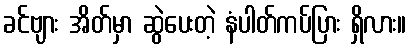
ခင်ဗျား အိတ်မှာ ဆွဲပေးတဲ့ နံပါတ်ကပ်ပြား ရှိလား။